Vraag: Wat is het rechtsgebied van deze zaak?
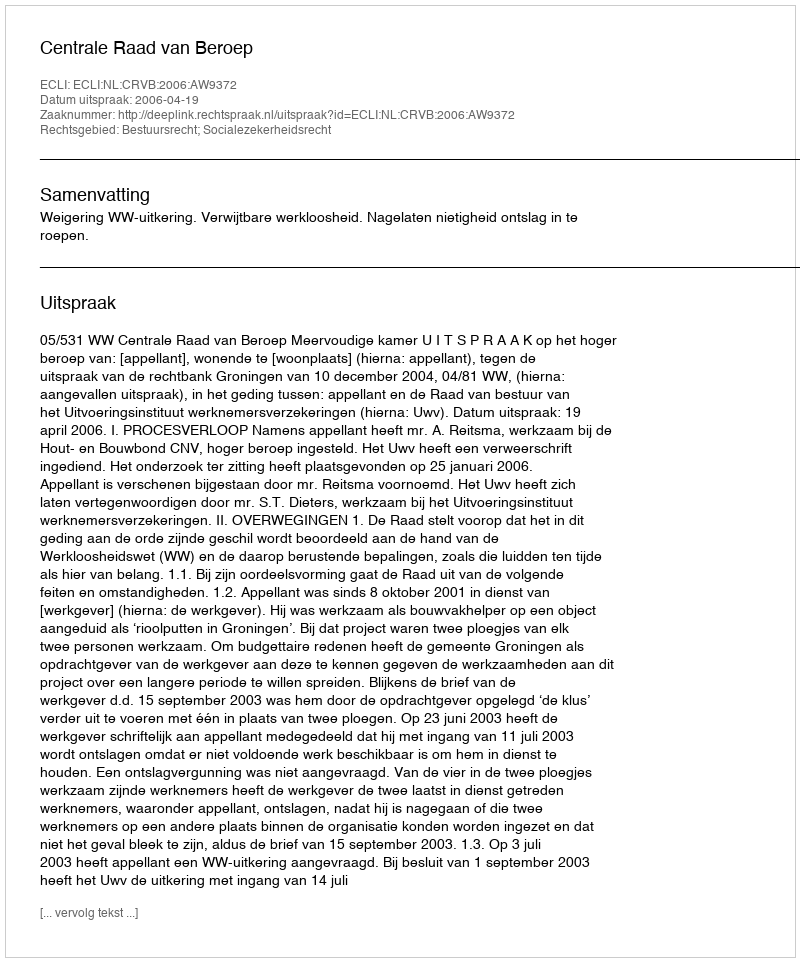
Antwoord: Bestuursrecht; Socialezekerheidsrecht